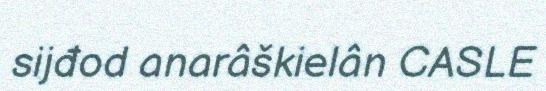
sijđod anarâškielân CASLE